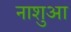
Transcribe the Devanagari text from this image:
नाशुआ